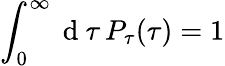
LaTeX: \int_{0}^{\infty}\mathrm{~d~}\tau\, P_{\tau}(\tau)=1